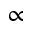
\propto